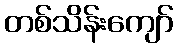
တစ်သိန်းကျော်